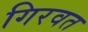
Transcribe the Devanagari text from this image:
गिरवत